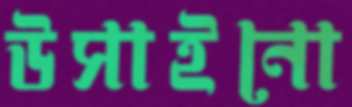
উসাইনো